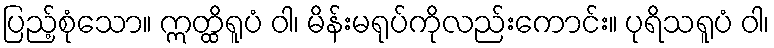
ပြည့်စုံသော။ ဣတ္ထိရူပံ ဝါ၊ မိန်းမရုပ်ကိုလည်းကောင်း။ ပုရိသရူပံ ဝါ၊